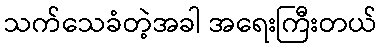
သက်သေခံတဲ့အခါ အရေးကြီးတယ်